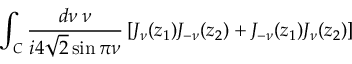
\int _ { C } \frac { d \nu \: \nu } { i 4 \sqrt { 2 } \sin \pi \nu } \left[ J _ { \nu } ( z _ { 1 } ) J _ { - \nu } ( z _ { 2 } ) + J _ { - \nu } ( z _ { 1 } ) J _ { \nu } ( z _ { 2 } ) \right] \; \; \; \; \; \; \; \; \; \; \; \; \; \; \; \; \; \; \; \; \;